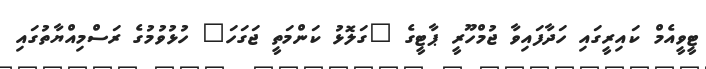
ޓީވީއެމް ކައިރީގައި ހަދާފައިވާ ޖުމްހޫރީ ޕާޓީގެ "ގަލޮޅު ކަންމަތީ ޖަގަހަ" ހުޅުވުމުގެ ރަސްމިއްޔާތުގައި